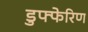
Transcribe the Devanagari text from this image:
डुफ्फेरिण